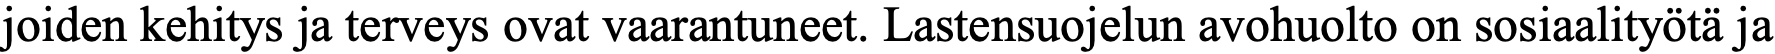
joiden kehitys ja terveys ovat vaarantuneet. Lastensuojelun avohuolto on sosiaalityötä ja